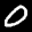
Label: 0